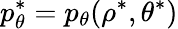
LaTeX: p_{\theta}^{\ast}=p_{\theta}(\rho^{\ast},\theta^{\ast})